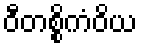
ဝီတစ္စိကံဝိယ